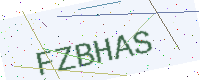
Text: FZBHAS